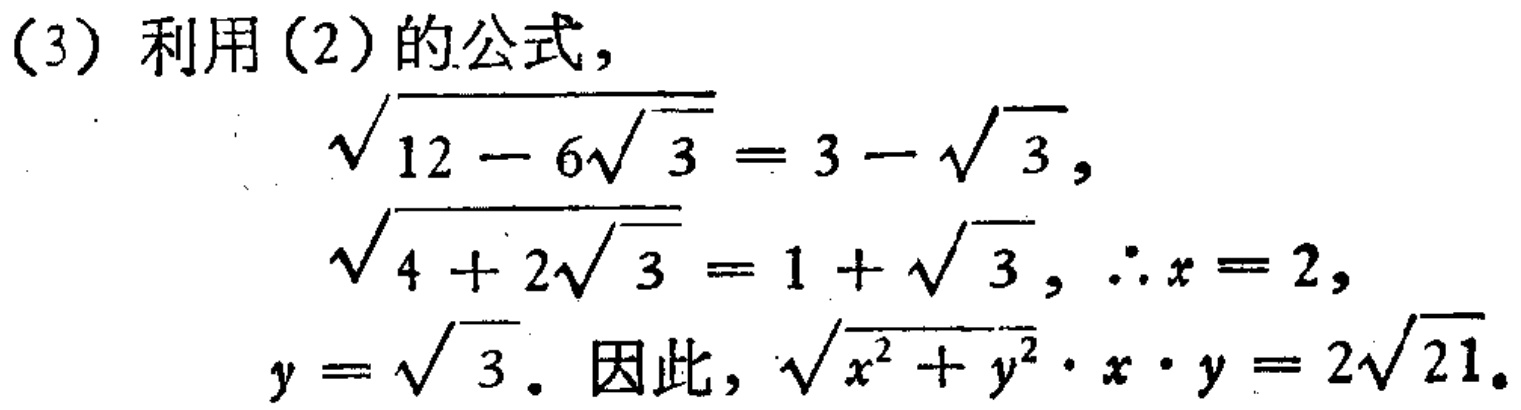
(3) 利用(2)的公式，
\[
\begin{align*}
\sqrt{12 - 6\sqrt{3}}&= 3 - \sqrt{3},\\
\sqrt{4 + 2\sqrt{3}}&= 1 + \sqrt{3}, \therefore x = 2,\\
y&=\sqrt{3}. \text{ 因此}, \sqrt{x^{2}+y^{2}}\cdot x\cdot y = 2\sqrt{21}.
\end{align*}
\]